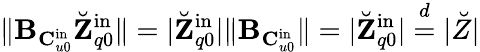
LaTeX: \| \mathbf{B}_{\mathbf{C}_{u0}^{\mathrm{in}}}\breve{\mathbf{Z}}_{q0}^{\mathrm{in}}\| =|\breve{\mathbf{Z}}_{q0}^{\mathrm{in}}|\| \mathbf{B}_{\mathbf{C}_{u0}^{\mathrm{in}}}\| =|\breve{\mathbf{Z}}_{q0}^{\mathrm{in}}|\stackrel{d}{=}|\breve{Z}|